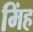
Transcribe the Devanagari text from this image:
मिंह